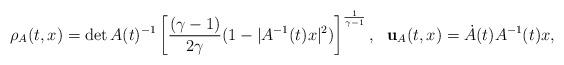
LaTeX: \begin{align*}\rho_A(t,x) = \det A(t)^{-1} \left[\frac{(\gamma-1)}{2\gamma}(1-|A^{-1}(t)x|^2)\right]^{\frac{1}{\gamma-1}}, \ \ {\bf u}_A(t,x) = \dot{A}(t)A^{-1}(t)x, \end{align*}